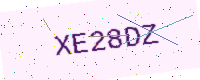
Text: XE28DZ